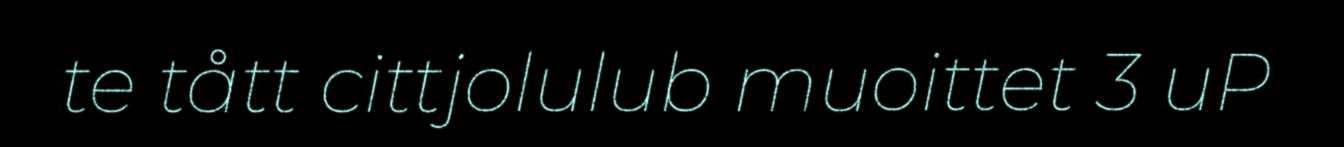
te tått cittjolulub muoittet 3 uP